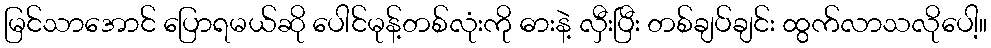
မြင်သာအောင် ပြောရမယ်ဆို ပေါင်မုန့်တစ်လုံးကို ဓားနဲ့ လှီးပြီး တစ်ချပ်ချင်း ထွက်လာသလိုပေါ့။